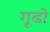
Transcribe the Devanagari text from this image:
गूढो